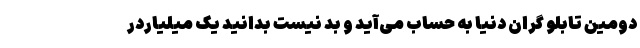
دومین تابلو گران دنیا به حساب می‌آید و بد نیست بدانید یک میلیاردر